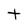
Character: t